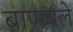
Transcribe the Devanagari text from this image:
बाणवले